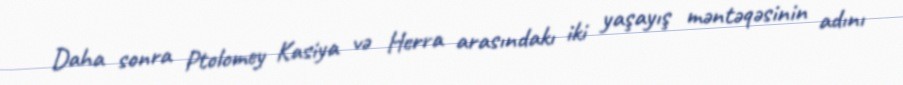
Daha sonra Ptolomey Kasiya və Herra arasındakı iki yaşayış məntəqəsinin adını